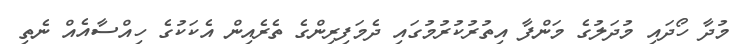
މުދާ ހޯދައި މުދަލުގެ މަންފާ އިތުރުކުރުމުގައި ދެމަފިރިންގެ ތެރެއިން އެކަކުގެ ހިއްސާއެއް ނެތި